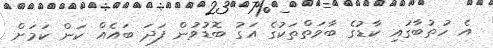
އެ ހުތުބާގައި ކާޑުގެ ބާވަތްތަކުގެ އަގު ބޮޑުވުން ފަދަ ބައެއް ކަން ކަމަށް